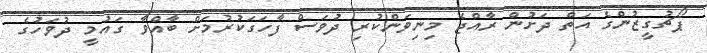
ޕޯޗުގީޒުންގެ އަތް ދަށުން ރާއްޖެ މިނިވަންކުރި ދުވަސް ފާހަގަކުރުމަށް ބާއްވާ ގައުމީ ދުވަހުގެ